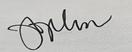
Signature authenticity: genuine